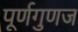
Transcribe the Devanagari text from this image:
पूर्णगुणज